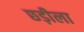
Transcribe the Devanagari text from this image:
छड़ीला